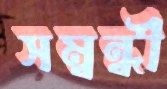
সম্বন্ধী